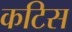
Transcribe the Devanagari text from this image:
कटिस